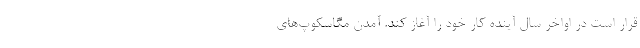
قرار است در اواخر سال آینده کار خود را آغاز کند. آمدن مگاسکوپ‌های